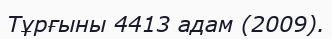
Тұрғыны 4413 адам (2009).